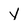
Character: Y